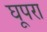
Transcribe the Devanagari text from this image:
घूपरा